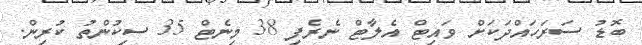
ބޮޑު ސަރަހައްދަކަށް ވައިޓް އެލާޓް ނެރެފި 38 މިނެޓް 35 ސިކުންތު ކުރިން.